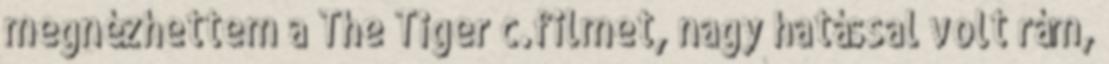
megnézhettem a The Tiger c.filmet, nagy hatással volt rám,